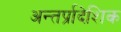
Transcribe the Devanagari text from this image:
अन्तर्प्रादेशिक